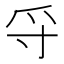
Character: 寽